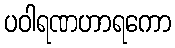
ပဝါရဏဟာရကော